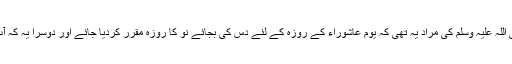
“ کے دو مفہوم ہوسکتے ہیں: ایک تو یہ کہ آنحضرت صلی اللہ علیہ وسلم کی مراد یہ تھی کہ یوم عاشوراء کے روزہ کے لئے دس کی بجائے نو کا روزہ مقرر کردیا جائے اور دوسرا یہ کہ آپ دس کے ساتھ نو کا روزہ بھی مقرر فرمانا چاہتے تھے۔